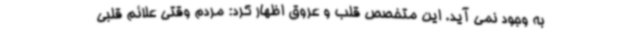
به وجود نمی آید. این متخصص قلب و عروق اظهار کرد: مردم وقتی علائم قلبی